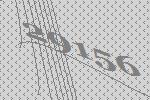
29156